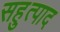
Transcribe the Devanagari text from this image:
सहुत्पाद